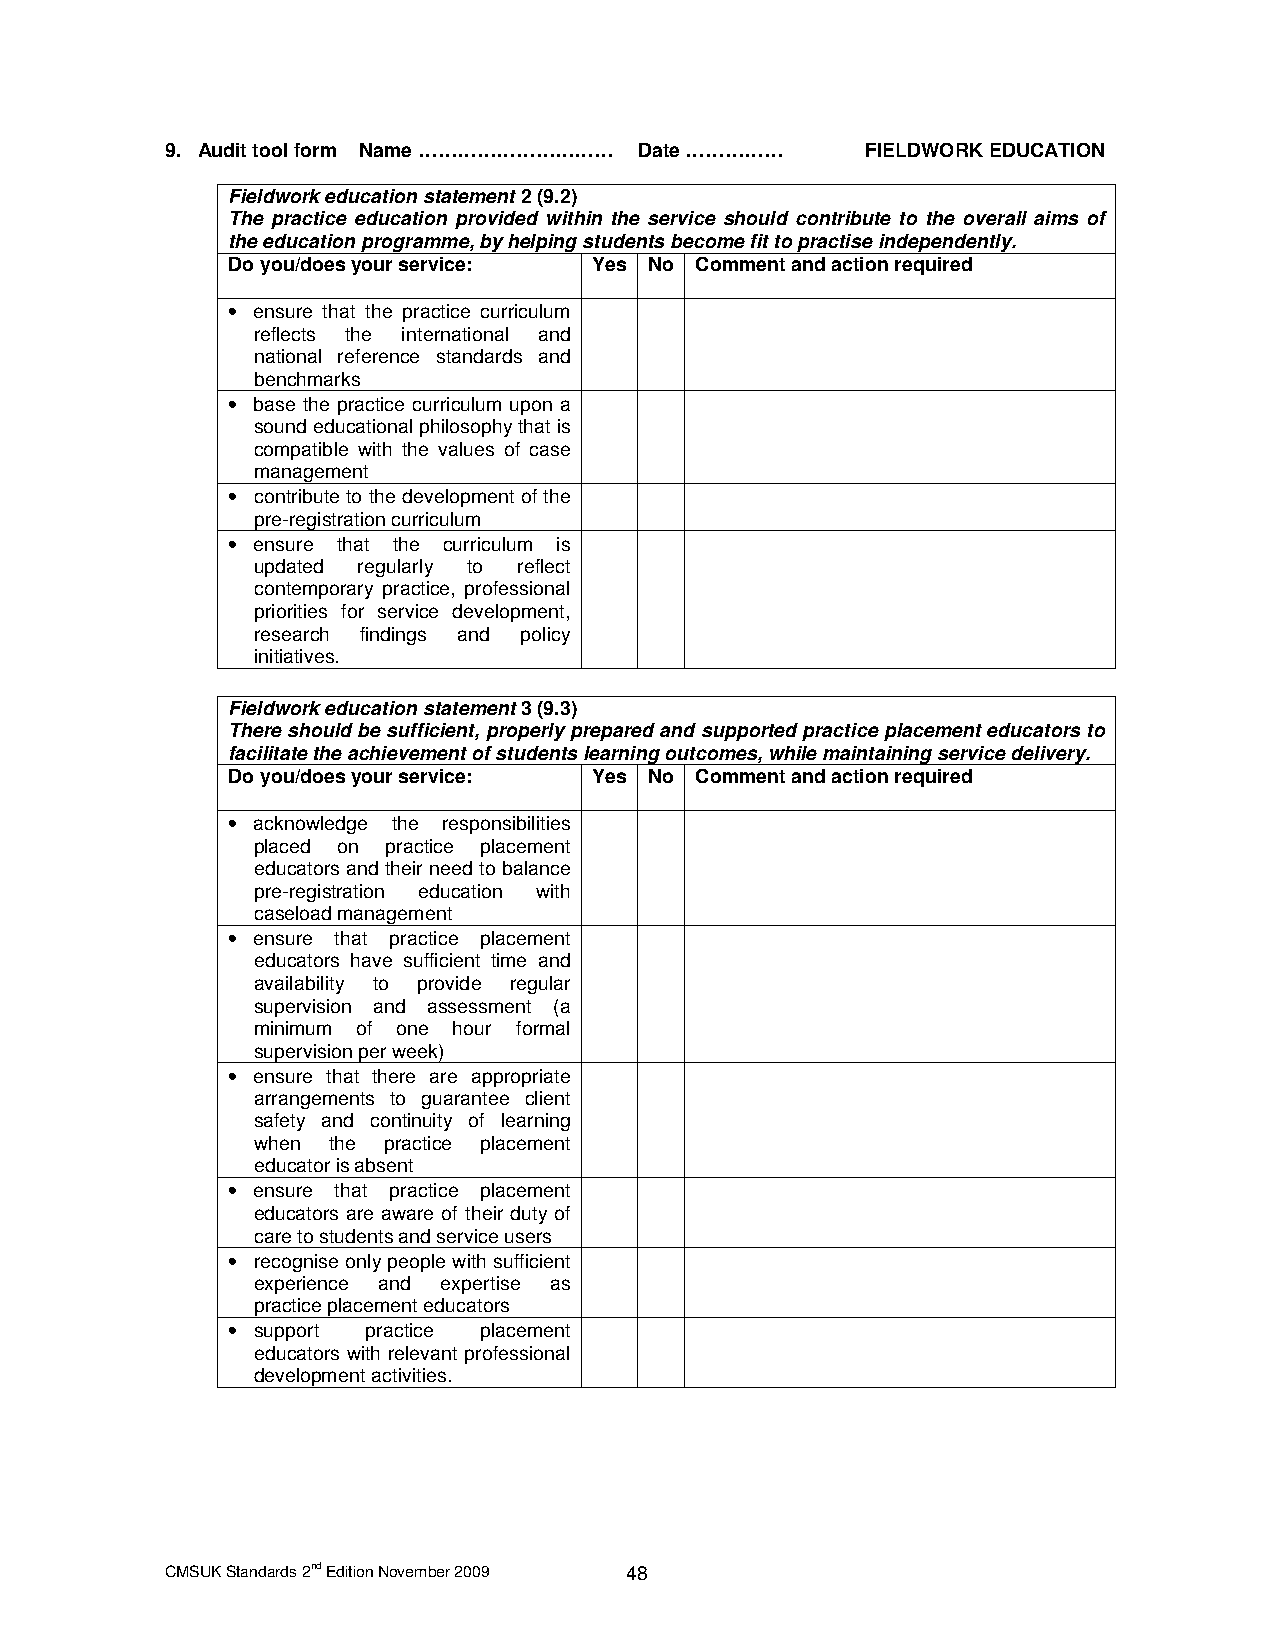
9. Audit tool form Name ………………………… Date …………… FIELDWORK EDUCATION
 Fieldwork education statement 2 (9.2)
 The practice education provided within the service should contribute to the overall aims of
 the education programme, by helping students become fit to practise independently.
 Do you/does your service: Yes No Comment and action required
 • ensure that the practice curriculum
 reflects the international and
 national reference standards and
 benchmarks
 • base the practice curriculum upon a
 sound educational philosophy that is
 compatible with the values of case
 management
 • contribute to the development of the
 pre-registration curriculum
 • ensure that the curriculum is
 updated regularly to reflect
 contemporary practice, professional
 priorities for service development,
 research findings and policy
 initiatives.
 Fieldwork education statement 3 (9.3)
 There should be sufficient, properly prepared and supported practice placement educators to
 facilitate the achievement of students learning outcomes, while maintaining service delivery.
 Do you/does your service: Yes No Comment and action required
 • acknowledge the responsibilities
 placed on practice placement
 educators and their need to balance
 pre-registration education with
 caseload management
 • ensure that practice placement
 educators have sufficient time and
 availability to provide regular
 supervision and assessment (a
 minimum of one hour formal
 supervision per week)
 • ensure that there are appropriate
 arrangements to guarantee client
 safety and continuity of learning
 when the practice placement
 educator is absent
 • ensure that practice placement
 educators are aware of their duty of
 care to students and service users
 • recognise only people with sufficient
 experience and expertise as
 practice placement educators
 • support practice placement
 educators with relevant professional
 development activities.
 CMSUK Standards 2nd Edition November 2009 48